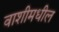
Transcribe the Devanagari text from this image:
वाशीमधील